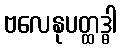
ဗလေနုပတ္ထဒ္ဓါ